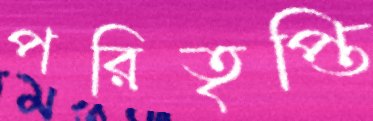
পরিতৃপ্তি